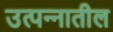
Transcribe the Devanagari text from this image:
उत्पन्‍नातील